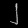
Digit: ၂